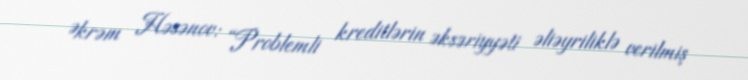
Əkrəm Həsənov: “Problemli kreditlərin əksəriyyəti əliəyriliklə verilmiş